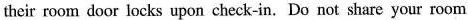
their room door locks upon check-in. Do not share your room